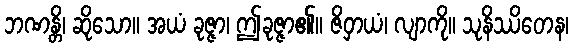
ဘဏန္တိ၊ ဆိုသော။ အယံ ခုဇ္ဇာ၊ ဤခုဇ္ဇာ၏။ ဇိဝှာယံ၊ လျာကို။ သုနိဿိတေန၊